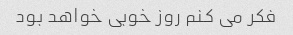
فکر می کنم روز خوبی خواهد بود